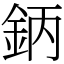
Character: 鈵